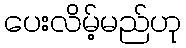
ပေးလိမ့်မည်ဟု